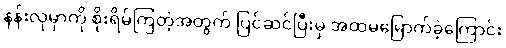
နန်းလုမှာကို စိုးရိမ်ကြတဲ့အတွက် ပြင်ဆင်ပြီးမှ အထမမြောက်ခဲ့ကြောင်း